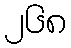
၂၆၈